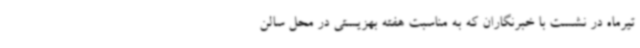
تیرماه در نشست با خبرنگاران که به مناسبت هفته بهزیستی در محل سالن